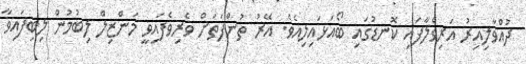
ދުއްވާލިއިރު އަރިވެލާފައި ކޮނޑުގައި ބޯއަޅައިލިއެވެ. އޭރު ތުންފަތަށް ވެރިވެފައިވީ މަންޒިލް ލިބުމުން ލިބިފައިވާ